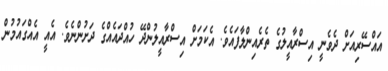
އައްސޭރިއަށް ދެވެނީ އިސްރާއީލުގެ ތެރެއިންލާފައެވެ. އެކަމަށް އިސްރާއީލުންދޭ ހުއްދައެއްގެ ދަށުންނެވެ. އެއީ އެއްގައުމުން